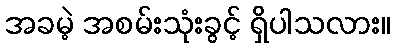
အခမဲ့ အစမ်းသုံးခွင့် ရှိပါသလား။